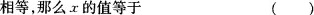
相等，那么x的值等于 ()